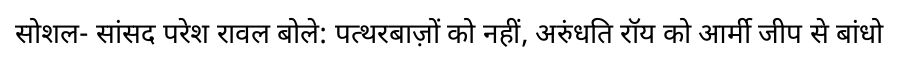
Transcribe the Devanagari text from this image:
सोशल- सांसद परेश रावल बोले: पत्थरबाज़ों को नहीं, अरुंधति रॉय को आर्मी जीप से बांधो